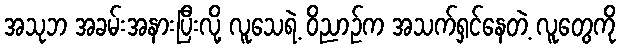
အသုဘ အခမ်းအနားပြီးလို့ လူသေရဲ့ ဝိညာဉ်က အသက်ရှင်နေတဲ့ လူတွေကို